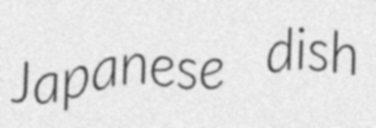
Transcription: Japanese dish